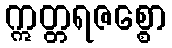
ဣတ္တရဇစ္စော